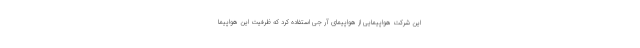
این شرکت هواپیمایی از هواپیمای آر جی استفاده کرد که ظرفیت این هواپیما